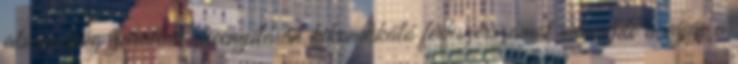
alsónadrág záratlan sliccnyílásán kikandikáló férfiszerszámot odacsípte a vájár a